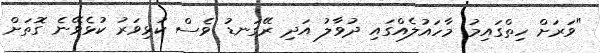
"ވަރަށް ހިތްގައިމު މާހައުލެއްގައި ދުވާލު އަދި ރޭގަނޑު ވެސް ކުޅިވަރު ކުޅެވޭނެ ގޮތަށް